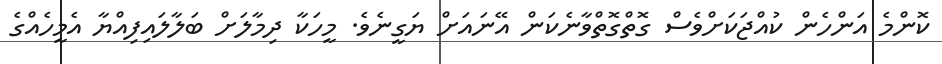
ކޮންމެ އަންހެން ކުއްޖަކަށްވެސް ގޮތްގޮތްވާނެކަން އޭނައަށް ޔަގީނެވެ. މީހަކާ ދިމާލަށް ބަލާލައިފިއްޔާ އެމީހެއްގެ